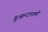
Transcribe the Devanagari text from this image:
गुआन्टानामो